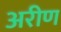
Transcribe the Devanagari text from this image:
अरीण